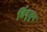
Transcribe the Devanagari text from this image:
बिंदूतून